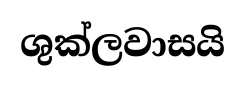
ශුක්ලවාසයි